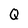
Character: Q